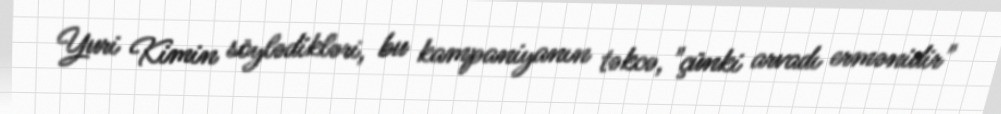
Yuri Kimin söylədikləri, bu kampaniyanın təkcə, "çünki arvadı ermənidir"